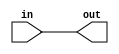
// learn the use with assign
// "assign a = b" mean copy b value to a
module top_module( input in, output out );
    assign out = in;
endmodule